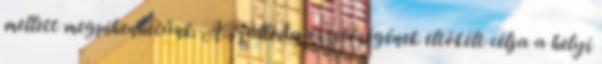
mellett megpihenhetünk. A szálloda vezetőségének eltökélt célja a helyi